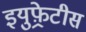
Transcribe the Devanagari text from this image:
इयुफ़्रेटीस